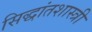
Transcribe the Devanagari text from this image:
सिद्धांतशास्त्री